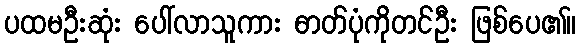
ပထမဦးဆုံး ပေါ်လာသူကား ဓာတ်ပုံကိုတင်ဦး ဖြစ်ပေ၏။